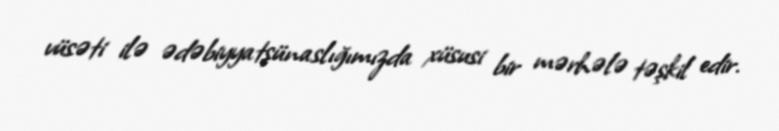
vüsəti ilə ədəbiyyatşünaslığımızda xüsusi bir mərhələ təşkil edir.